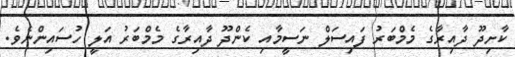
ކާށިދޫ ދާއިރާގެ މެމްބަރު ފައިސަލް ނަސީމާއި ކެންދޫ ދާއިރާގެ މެމްބަރު އަލީ ހުސައިންނެވެ.